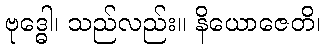
ဗုဒ္ဓေါ၊ သည်လည်း။ နိယောဇေတိ၊